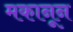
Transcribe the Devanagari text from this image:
मकानून